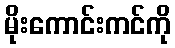
မိုးကောင်းကင်ကို